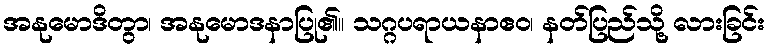
အနုမောဒိတွာ၊ အနုမောဒနာပြု၏။ သဂ္ဂပရာယနာဧဝ၊ နတ်ပြည်သို့ လားခြင်း